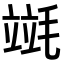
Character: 𣯞